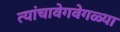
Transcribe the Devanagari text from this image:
त्यांचावेगवेगळ्या